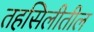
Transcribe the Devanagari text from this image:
तहसिलीतील